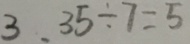
3 . 3 5 \div 7 = 5